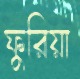
ফুরিয়া